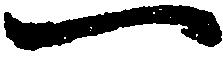
一